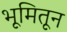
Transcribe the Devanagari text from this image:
भूमितून